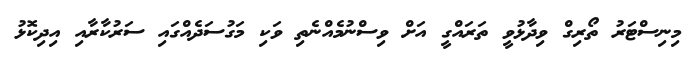
މިނިސްޓަރު ތޯރިގް ވިދާޅުވީ ތަރައްގީ އަށް ވިސްނުމެއްނެތި ވަކި މަގުސަދެއްގައި ސަރުކާރާއި އިދިކޮޅު